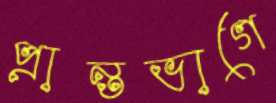
প্রান্তভাগে